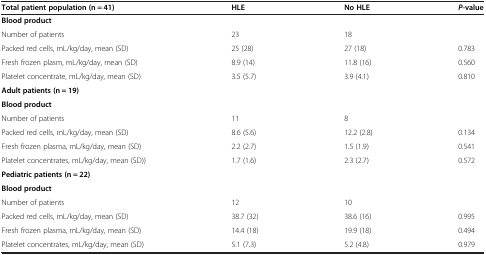
<table><thead><tr><td><b>Total patient population (n = 41)</b></td><td><b>HLE</b></td><td><b>No HLE</b></td><td><b><i>P</i>-value</b></td></tr></thead><tbody><tr><td><b>Blood product</b></td><td></td><td></td><td></td></tr><tr><td>Number of patients</td><td>23</td><td>18</td><td></td></tr><tr><td>Packed red cells, mL/kg/day, mean (SD)</td><td>25 (28)</td><td>27 (18)</td><td>0.783</td></tr><tr><td>Fresh frozen plasm, mL/kg/day, mean (SD)</td><td>8.9 (14)</td><td>11.8 (16)</td><td>0.560</td></tr><tr><td>Platelet concentrate, mL/kg/day, mean (SD)</td><td>3.5 (5.7)</td><td>3.9 (4.1)</td><td>0.810</td></tr><tr><td colspan="4"><b>Adult patients (n = 19)</b></td></tr><tr><td><b>Blood product</b></td><td></td><td></td><td></td></tr><tr><td>Number of patients</td><td>11</td><td>8</td><td></td></tr><tr><td>Packed red cells, mL/kg/day, mean (SD)</td><td>8.6 (5.6)</td><td>12.2 (2.8)</td><td>0.134</td></tr><tr><td>Fresh frozen plasma, mL/kg/day, mean (SD)</td><td>2.2 (2.7)</td><td>1.5 (1.9)</td><td>0.541</td></tr><tr><td>Platelet concentrates, mL/kg/day, mean (SD))</td><td>1.7 (1.6)</td><td>2.3 (2.7)</td><td>0.572</td></tr><tr><td colspan="4"><b>Pediatric patients (n = 22)</b></td></tr><tr><td><b>Blood product</b></td><td></td><td></td><td></td></tr><tr><td>Number of patients</td><td>12</td><td>10</td><td></td></tr><tr><td>Packed red cells, mL/kg/day, mean (SD)</td><td>38.7 (32)</td><td>38.6 (16)</td><td>0.995</td></tr><tr><td>Fresh frozen plasma, mL/kg/day, mean (SD)</td><td>14.4 (18)</td><td>19.9 (18)</td><td>0.494</td></tr><tr><td>Platelet concentrates, mL/kg/day, mean (SD)</td><td>5.1 (7.3)</td><td>5.2 (4.8)</td><td>0.979</td></tr></tbody></table>